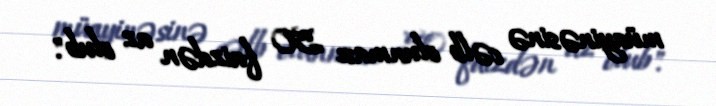
müayinəsinə cəlb olunması 50 faizdən az olub".